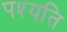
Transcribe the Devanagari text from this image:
पश्यति